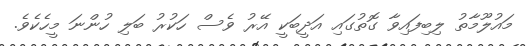
މައުލޫމާތު ލިބިފައިވާ ގޮތުގައި އަދީބަކީ އޭރު ވެސް ހަކުރު ބަލި ހުންނަ މީހެކެވެ.